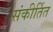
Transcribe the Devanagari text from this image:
संकीर्तित